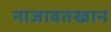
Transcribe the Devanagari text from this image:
नाजाबतखान